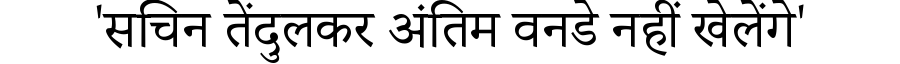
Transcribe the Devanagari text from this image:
'सचिन तेंदुलकर अंतिम वनडे नहीं खेलेंगे'